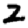
Digit: 2